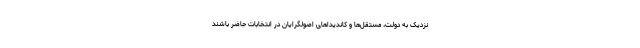
نزدیک به دولت، مستقل‌ها و کاندیداهای اصولگرایان در انتخابات حاضر باشند